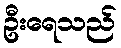
ဦးရေသည်